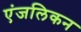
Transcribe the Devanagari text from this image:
एंजलिकन